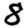
Digit: 8